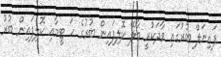
ފައިނަލް ބުރުގައި ވާދަކުރީ މާލޭ ކޮލިފައިން ބުރުގެ ހަ ޓީމާއި ކޮލިފައިން ބުރު